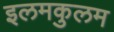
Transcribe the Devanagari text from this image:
इलमकुलम